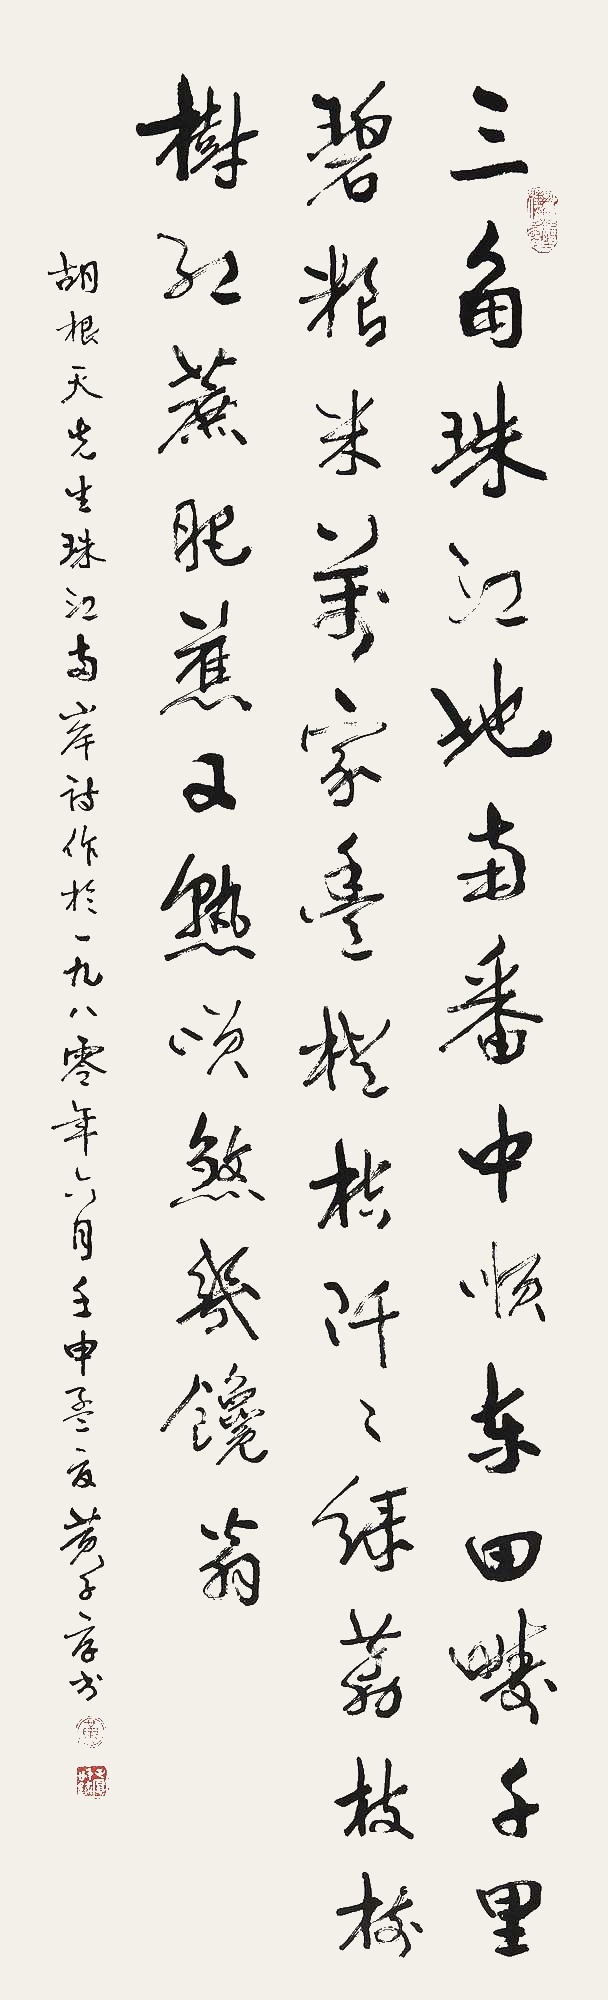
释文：三角珠江地，南番中顺东。田畴千里碧，粮米万家丰。橙桔阡阡绿，荔枝树树红。蔗肥蕉又熟，笑煞几馋翁。胡根天先生《珠江两岸》诗，作于一九八零年六月。壬申孟夏，黄子厚书。